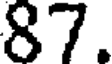
87.